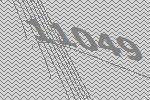
11049